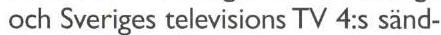
och Sveriges televisions TV 4:s sänd-